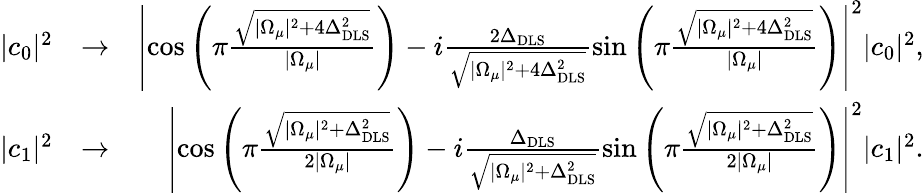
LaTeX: \begin{array}{rlr}{|c_{0}|^{2}}&{\rightarrow}&{\left|\cos\left(\pi\frac{\sqrt{|\Omega_{\mu}|^{2}+4\Delta_{\mathrm{DLS}}^{2}}}{|\Omega_{\mu}|}\right)-i\frac{2\Delta_{\mathrm{DLS}}}{\sqrt{|\Omega_{\mu}|^{2}+4\Delta_{\mathrm{DLS}}^{2}}}\sin\left(\pi\frac{\sqrt{|\Omega_{\mu}|^{2}+4\Delta_{\mathrm{DLS}}^{2}}}{|\Omega_{\mu}|}\right)\right|^{2}|c_{0}|^{2},}\\ {|c_{1}|^{2}}&{\rightarrow}&{\left|\cos\left(\pi\frac{\sqrt{|\Omega_{\mu}|^{2}+\Delta_{\mathrm{DLS}}^{2}}}{2|\Omega_{\mu}|}\right)-i\frac{\Delta_{\mathrm{DLS}}}{\sqrt{|\Omega_{\mu}|^{2}+\Delta_{\mathrm{DLS}}^{2}}}\sin\left(\pi\frac{\sqrt{|\Omega_{\mu}|^{2}+\Delta_{\mathrm{DLS}}^{2}}}{2|\Omega_{\mu}|}\right)\right|^{2}|c_{1}|^{2}.}\end{array}